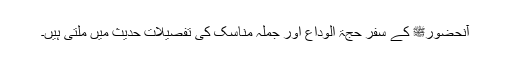
آنحضورﷺ کے سفر حجۃ الوداع اور جملہ مناسک کی تفصیلات حدیث میں ملتی ہیں۔